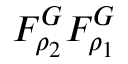
F _ { \rho _ { 2 } } ^ { G } F _ { \rho _ { 1 } } ^ { G }